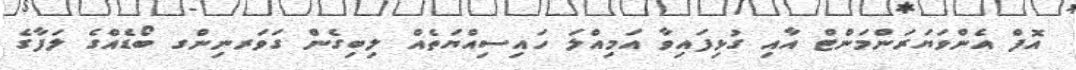
އޮފް އެންވަޔަރަންމަންޓް އާއި ގުޅިފައިވާ އަމިއްލަ ހައިސިއްޔަތެއް ލިބިގެން ގަވަރނިންގ ބޯޑެއްގެ ލަފާގެ